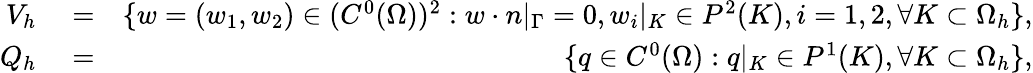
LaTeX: \begin{array}{rlr}{V_{h}}&{{}=}&{\{ w=(w_{1},w_{2})\in(C^{0}(\Omega))^{2}:w\cdot n|_{\Gamma}=0,w_{i}|_{K}\in P^{2}(K),i=1,2,\forall K\subset\Omega_{h}\} ,}\\ {Q_{h}}&{{}=}&{\{ q\in C^{0}(\Omega):q|_{K}\in P^{1}(K),\forall K\subset\Omega_{h}\} ,}\end{array}